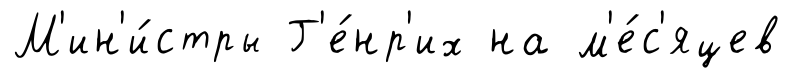
М'ин'и́стры Г'е́нр'их на м'е́с'яцев